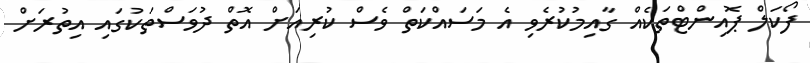
ފޯކަލް ޕޮއިންޓްތަކެއް ގާއިމުކުރެވި އެ މަސައްކަތް ވެސް ކުރިއަށް އޮތް ދުވަސްތަކުގައި އިތުރަށް